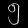
Digit: ၅